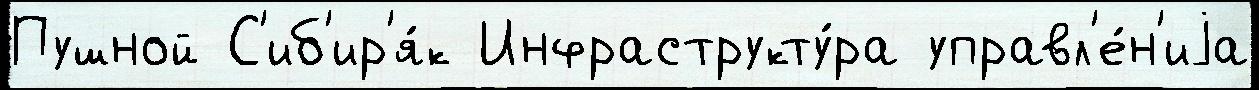
Пушной С'иб'ир'я́к Инфраструкту́ра управл'е́н'иjа